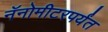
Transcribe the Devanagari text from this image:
नॅनोमीटरपर्यंत